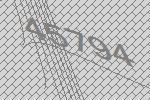
45794